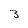
Character: 3